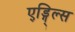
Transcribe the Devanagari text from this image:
ए्ड्गि्ल्स